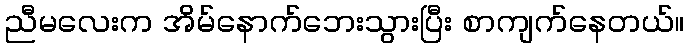
ညီမလေးက အိမ်နောက်ဘေးသွားပြီး စာကျက်နေတယ်။